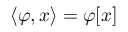
\langle \varphi , x \rangle = \varphi [ x ]